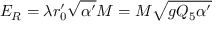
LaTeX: E _ { R } = \lambda r _ { 0 } ^ { \prime } \sqrt { \alpha ^ { \prime } } M = M \sqrt { g Q _ { 5 } \alpha ^ { \prime } }